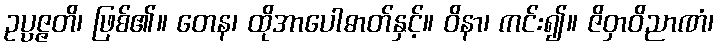
ဥပ္ပဇ္ဇတိ၊ ဖြစ်၏။ တေန၊ ထိုအာပေါဓာတ်နှင့်။ ဝိနာ၊ ကင်း၍။ ဇိဝှာဝိညာဏံ၊